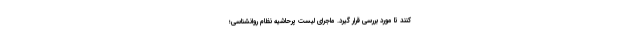
کنند تا مورد بررسی قرار گیرد. ماجرای لیست پرحاشیه نظام روانشناسی؛